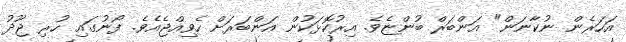
އަހަރެން ނުކާނަން" އަންބަރް ބުންޏެވެ. އިރުކޮޅަކުން އަންބަރަށް ހެވިއްޖެއެވެ. ފޯނުގައި ހުރި ޖޫދު